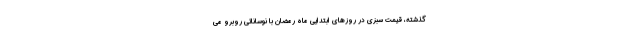
گذشته، قیمت سبزی در روزهای ابتدایی ماه رمضان با نوساناتی روبرو می